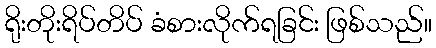
ရိုးတိုးရိပ်တိပ် ခံစားလိုက်ရခြင်း ဖြစ်သည်။